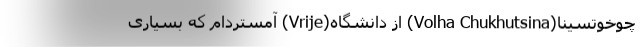
چوخوتسینا(Volha Chukhutsina) از دانشگاه(Vrije) آمستردام که بسیاری